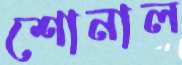
শোনাল